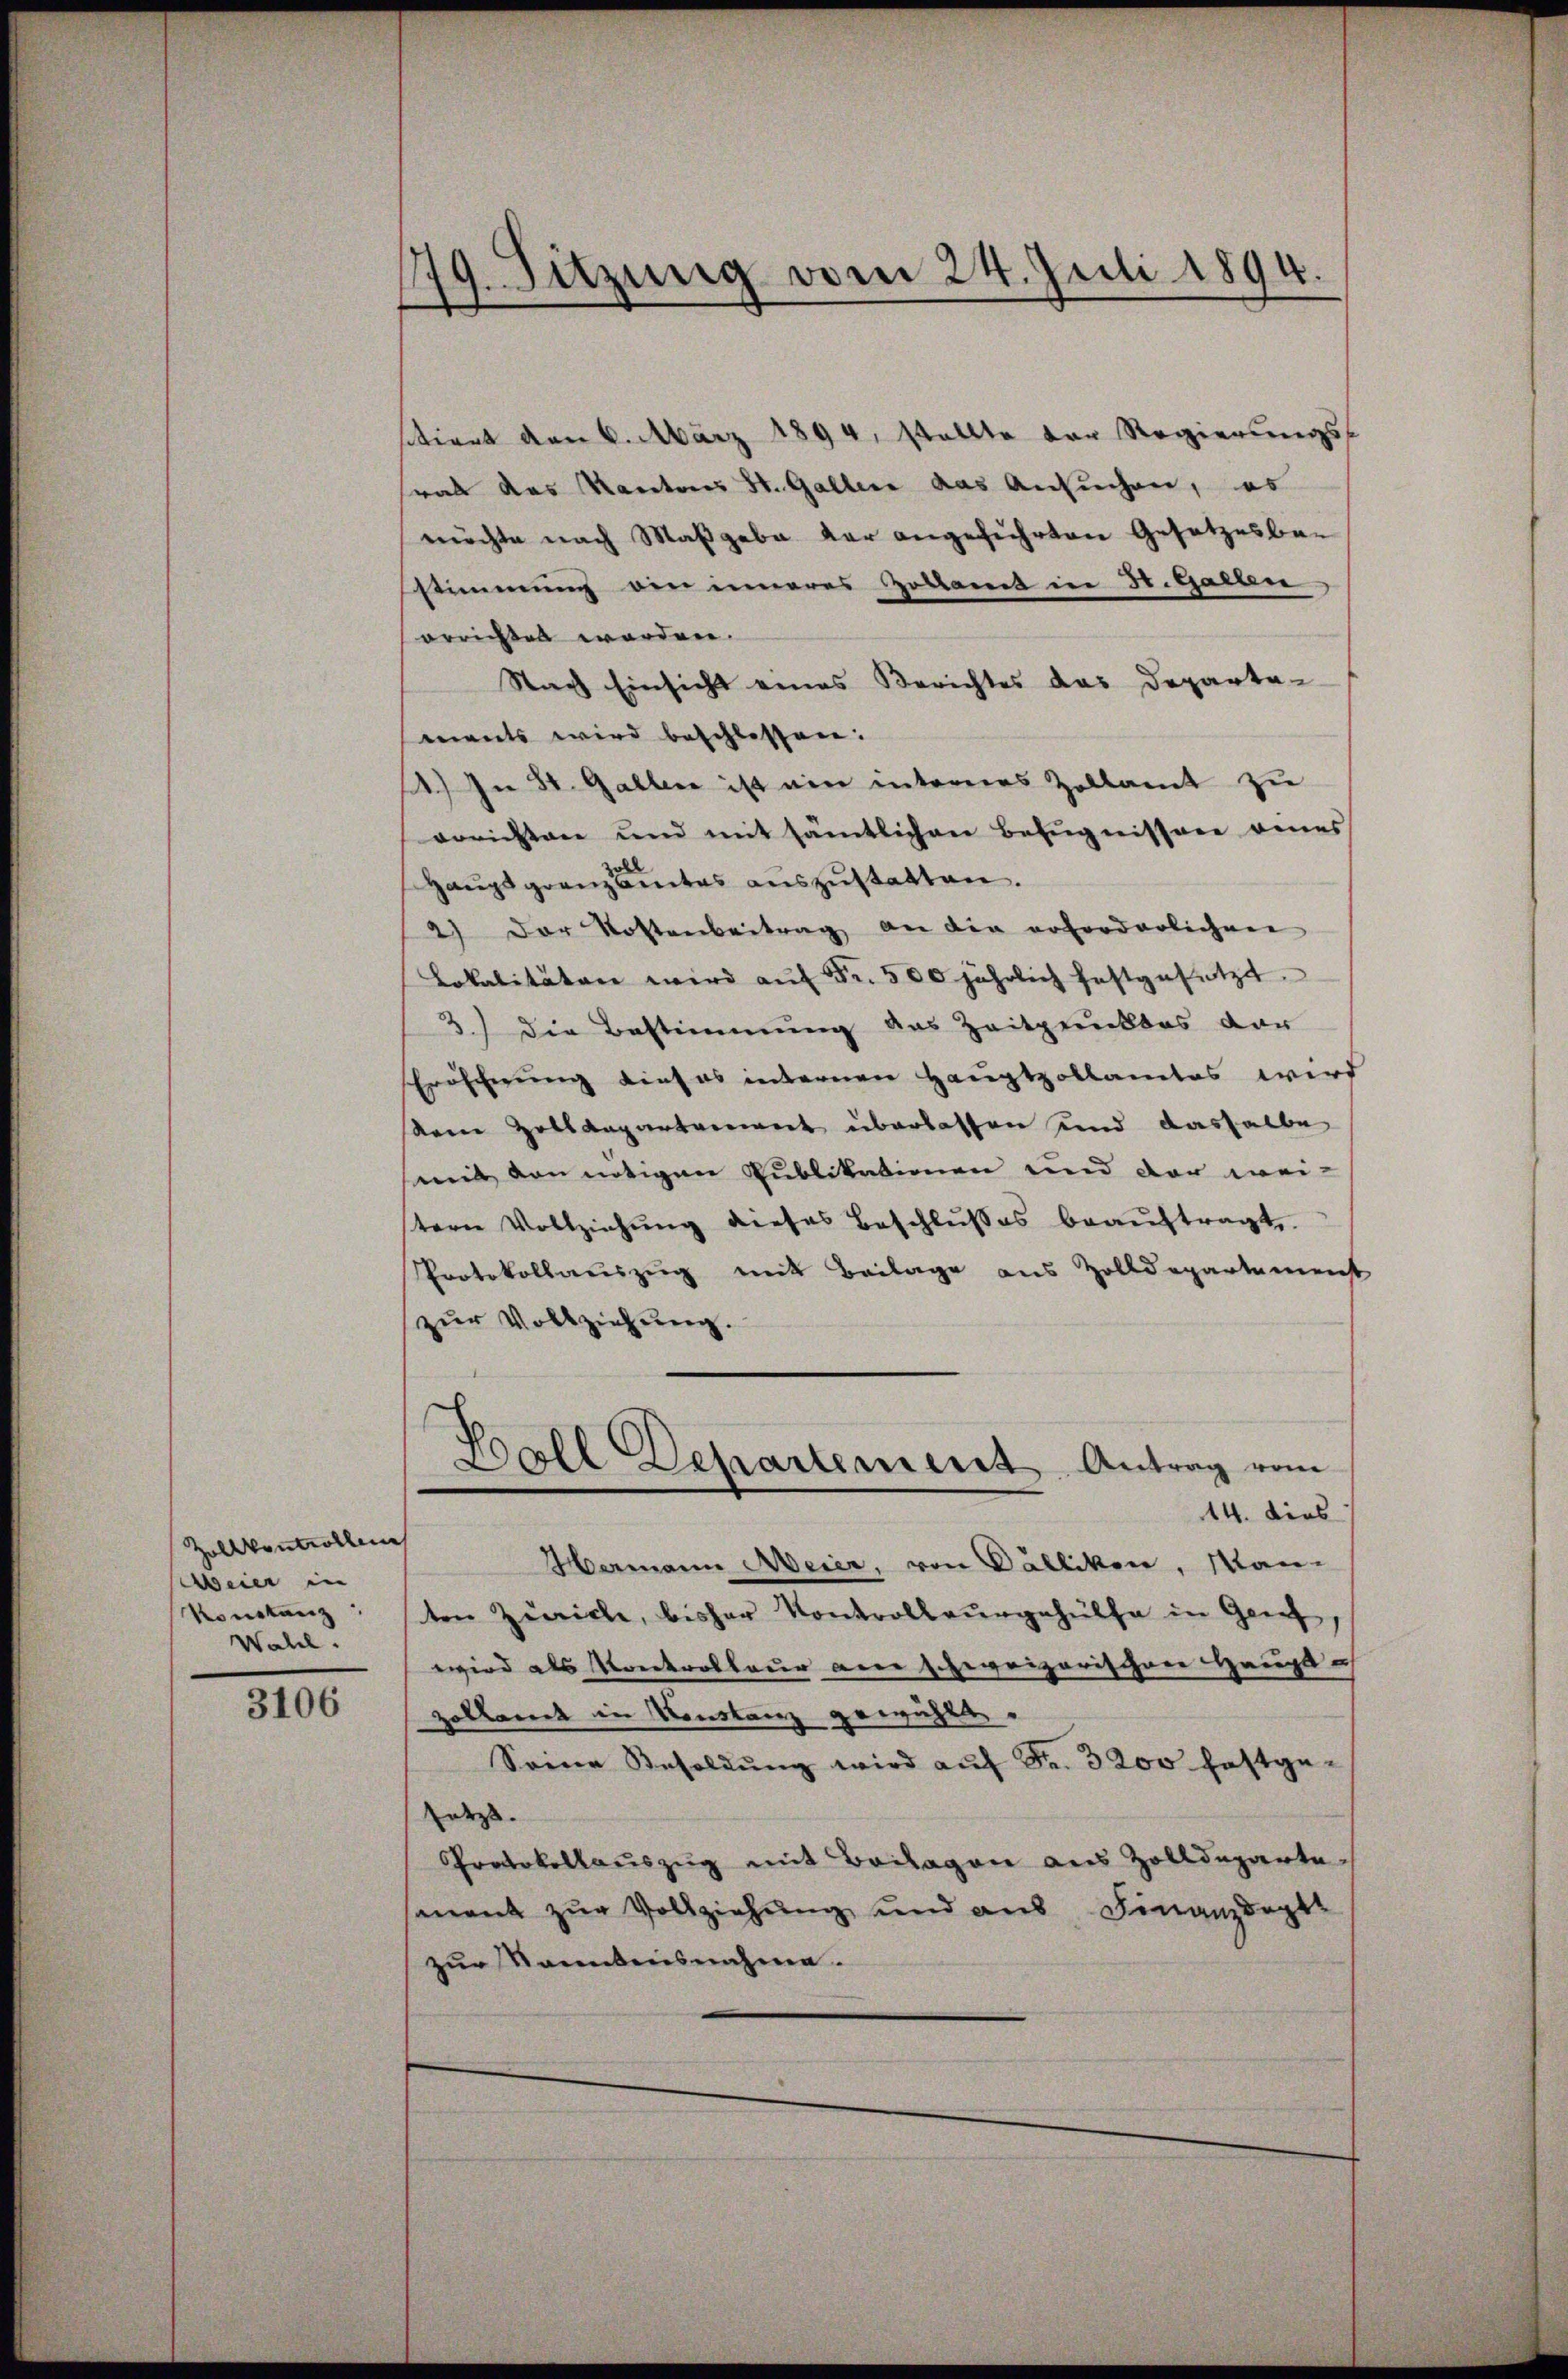
Zollkontrollen
eier in
Konstanz
Wahl.

3106

g. Sitzung vom 24. Juli 1894.
.

stiret den 6. März 1894, stellte der Regierungs-
rab das Kantons St. Galler das Ansuchen, es
möchte nach Maßgabe der angeführten Gesetzesbestimmung von inneres Zollamt in St. Gallen
orrichtet worden.
Nach Einsicht eines Berichtes das Departeeents wird beschlossen:
14.) In St. Gallen ist ein intereres Zollamt zu
vorichten und mit sämtlichen Befugnissere eines
Haŭptgranzamtes aŭszŭstatten.
2) Der Kostenbeitrag an die erforderlichen
Lokalitäten wird aŭf Fr. 500 jährlich festgesetzt.
3.) Die Bestimmung des Zeitpunktes dar
Eröscherung dies es internen Hauptzollamtes wird
keine Hollaugensverweit überlassen sind dasselbe
mit von nötigen Publikationen und der wei-
stern Vollziehŭng dieses Beschlŭβes beaŭftragt.
Protokollauszug mit Beilage aus Zolldepartamenst
zur Vollziehung.
Kall Departement Antrag vom
14. dies
Hermann Meier, von Dällikon, Man-
ten Zürich, bisher Kontrollergehülfe in Genf,
wird als Krenkrottauer ane schweizerischen Haupt u
zollamt in Konstanz gewählt.
Seine Besoldŭng wird aŭf Fr. 3200 festgesetzt.
Protokollauszug mit Beilagen aus Zolldepartesmnent zur Vollziehung und aus Finanzdepte
zur Raubensnahme.